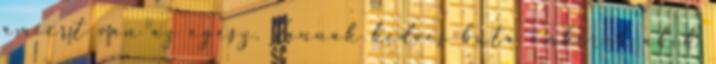
amiért van az egész. Vannak kedves buta emberek akik